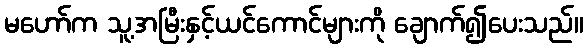
မဟော်က သူ့အမြီးနှင့်ယင်ကောင်များကို ချောက်၍ပေးသည်။